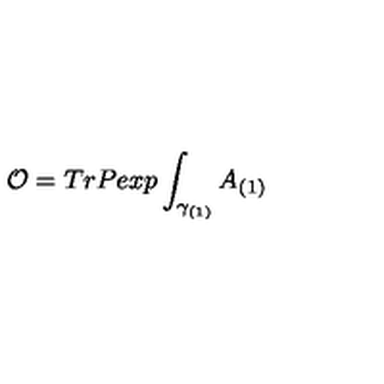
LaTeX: { \cal O } = T r P e x p \int _ { \gamma _ { ( 1 ) } } A _ { ( 1 ) }